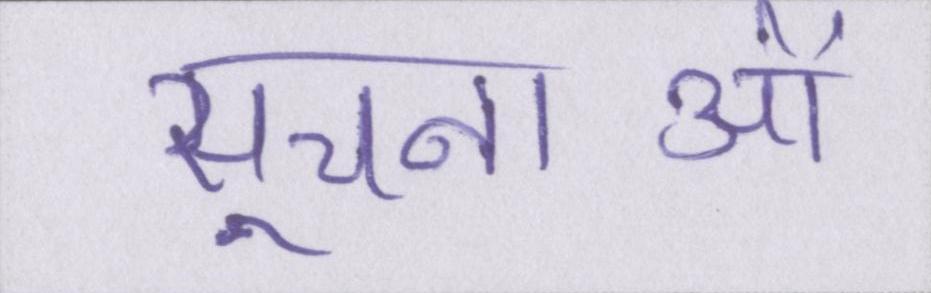
सूचनाओं